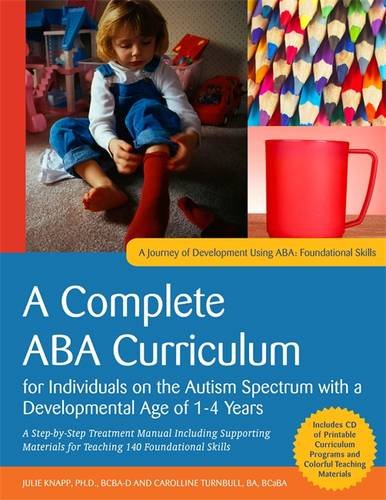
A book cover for A Complete ABA Curriculum for Individuals on the Autism Spectrum with a Developmental Age of 1-4 Years: A Step-by-Step Treatment Manual Including ... ... Skills (A Journey of Development Using ABA); Julie Knapp; Health, Fitness & Dieting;